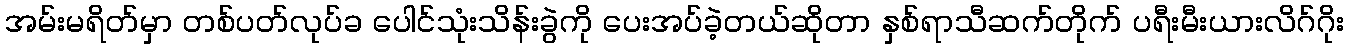
အမ်းမရိတ်မှာ တစ်ပတ်လုပ်ခ ပေါင်သုံးသိန်းခွဲကို ပေးအပ်ခဲ့တယ်ဆိုတာ နှစ်ရာသီဆက်တိုက် ပရီးမီးယားလိဂ်ဂိုး